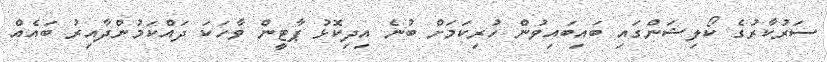
ސަރުކާރުގެ ކޯލިޝަންގައި ބައިބައިވުން ހުރިކަމަށް ބުނެ އިދިކޮޅު ޕާޓީން ވާހަކަ ދައްކަމުންދާއިރު ބައެއް